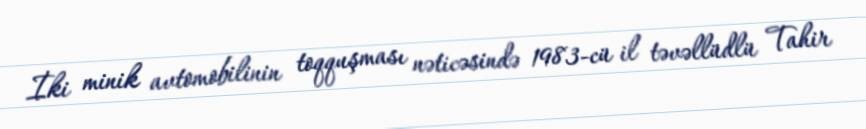
İki minik avtomobilinin toqquşması nəticəsində 1983-cü il təvəllüdlü Tahir